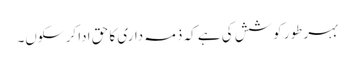
بہر طور کوشش کی ہے کہ ذمہ داری کا حق ادا کر سکوں۔